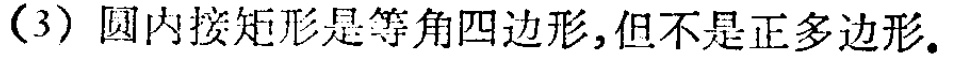
(3) 圆内接矩形是等角四边形,但不是正多边形.